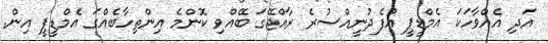
އަދި އެއްވާހަކަ އެމްޑީޕީ އުފެދުނީއްސުރެ ރާއްޖޭގަ ބޭއްވި ކޮންމެ އިންތިހާބެއްގަ އެމްޑީޕީ އިން